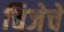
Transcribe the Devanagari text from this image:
चिजेचे